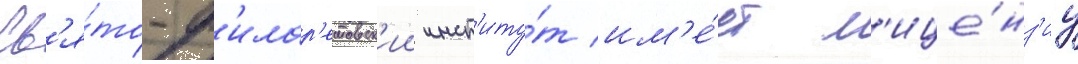
Св'я́то-ф'илар'етовск'ии инст'иту́т им'е́ет л'ице́нз'иу